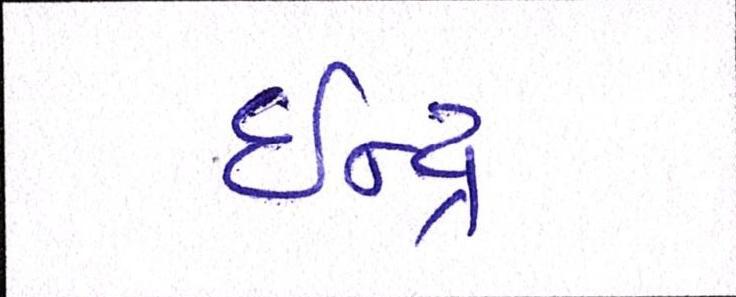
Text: ઈન્દ્ર